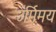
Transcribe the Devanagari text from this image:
उर्मिमय